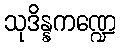
သုဒိန္နကဏ္ဍေ